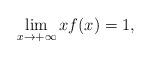
LaTeX: \begin{align*}\lim_{x\rightarrow +\infty}x f(x)=1,\end{align*}